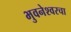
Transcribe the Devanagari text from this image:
भुवनेश्वरचा